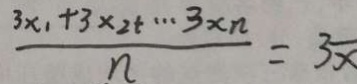
\frac { 3 x _ { 1 } + 3 \times 2 + \cdots 3 \times n } { n } = 3 x